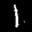
Label: 1